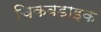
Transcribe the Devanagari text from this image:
चिकबडाइक